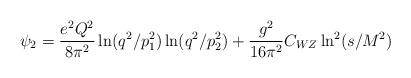
LaTeX: \begin{align*}\psi_2 = \frac{e^2 Q^2}{8 \pi^2} \ln(q^2/ p^2_1)\ln(q^2/ p^2_2) + \frac{g^2}{16 \pi^2}C_{WZ}\ln^2(s/ M^2) ~\end{align*}